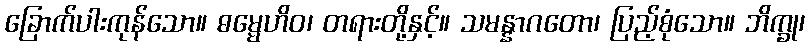
ခြောက်ပါးကုန်သော။ ဓမ္မေဟိဝ၊ တရားတို့နှင့်။ သမန္နာဂတော၊ ပြည့်စုံသော။ ဘိက္ခု၊